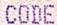
CODE